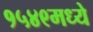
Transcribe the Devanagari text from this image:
१५४९मध्ये